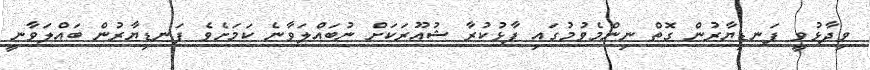
ވިދާޅުވީ ފަނޑިޔާރުން ގޮތް ނިންމެވުމުގައި ފާޅުކުރާ ޝުއޫރަކަށް ނުބައްލަވާނެ ކަމަށެވެ ފަނޑިޔާރުން ބައްލަވާނީ